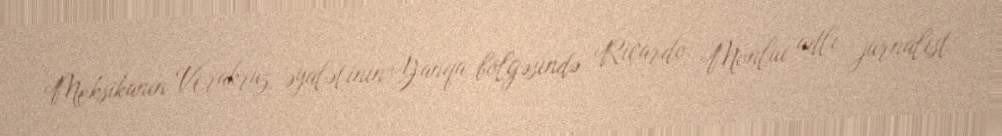
Meksikanın Verakruz əyalətinin Yanqa bölgəsində Riçardo Monlui adlı jurnalist